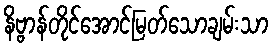
နိဗ္ဗာန်တိုင်အောင်မြတ်သောချမ်းသာ